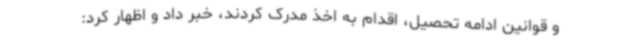
و قوانین ادامه تحصیل، اقدام به اخذ مدرک کردند، خبر داد و اظهار کرد: